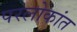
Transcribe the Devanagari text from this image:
परलोकांत